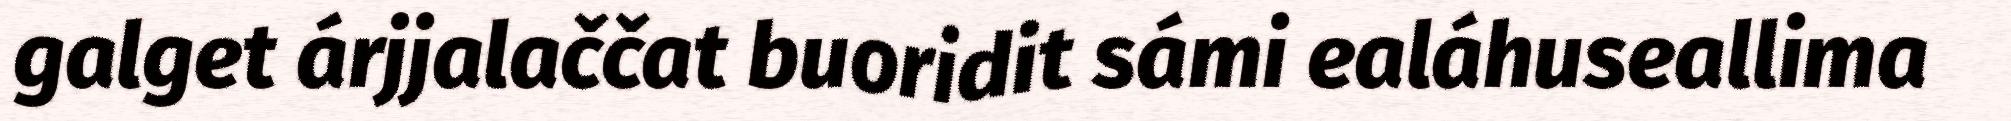
galget árjjalaččat buoridit sámi ealáhuseallima